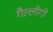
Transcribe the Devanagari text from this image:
गैल्लीगो